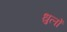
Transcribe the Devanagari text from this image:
धुलों